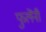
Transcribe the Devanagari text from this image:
फुलेंनी